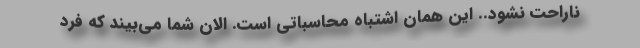
ناراحت نشود.. این همان اشتباه محاسباتی است. الان شما می‌بیند که فرد